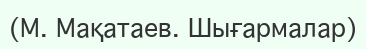
(М. Мақатаев. Шығармалар)